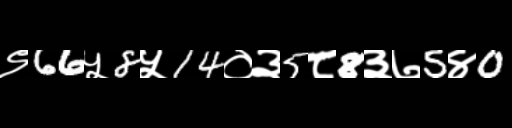
Text: ९66५8५14०३5८8३७5४0